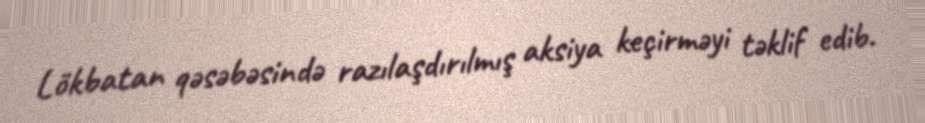
Lökbatan qəsəbəsində razılaşdırılmış aksiya keçirməyi təklif edib.